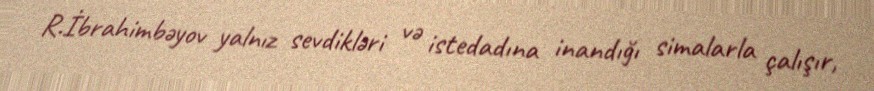
R.İbrahimbəyov yalnız sevdikləri və istedadına inandığı simalarla çalışır,